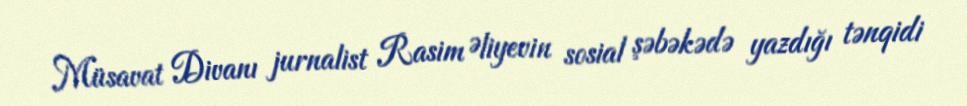
Müsavat Divanı jurnalist Rasim Əliyevin sosial şəbəkədə yazdığı tənqidi